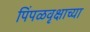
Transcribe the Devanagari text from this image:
पिंपळवृक्षाच्या